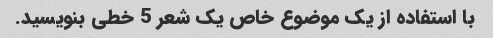
با استفاده از یک موضوع خاص یک شعر 5 خطی بنویسید.